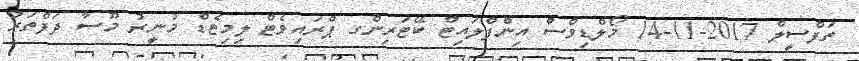
ތަފްސީލް 2017-11-14 މޯލްޑިވްސް އިންފްލައިޓް ކޭޓަރިންގ ޕްރައިވެޓް ލިމިޓެޑް މުނީރު މޫސާ ދަފްތަރު